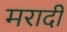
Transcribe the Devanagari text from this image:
मरादी